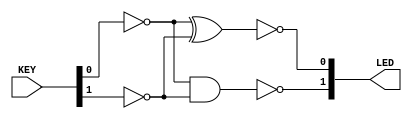
module half_adder(input wire [3:0] KEY, output wire [1:0] LED);
		// Sinais referentes aos inputs
		wire A = ~KEY[0];
		wire B = ~KEY[1];
	
		// Sinais referentes aos LEDs
		wire S = A ^ B;   // Resultado da soma
		wire CO = A & B;   // Resultado do Carry-out
	
		// Acender/apagar os LEDs
		assign LED[0] = ~S;   // Resultado da soma
		assign LED[1] = ~CO; // Carry-out
endmodule